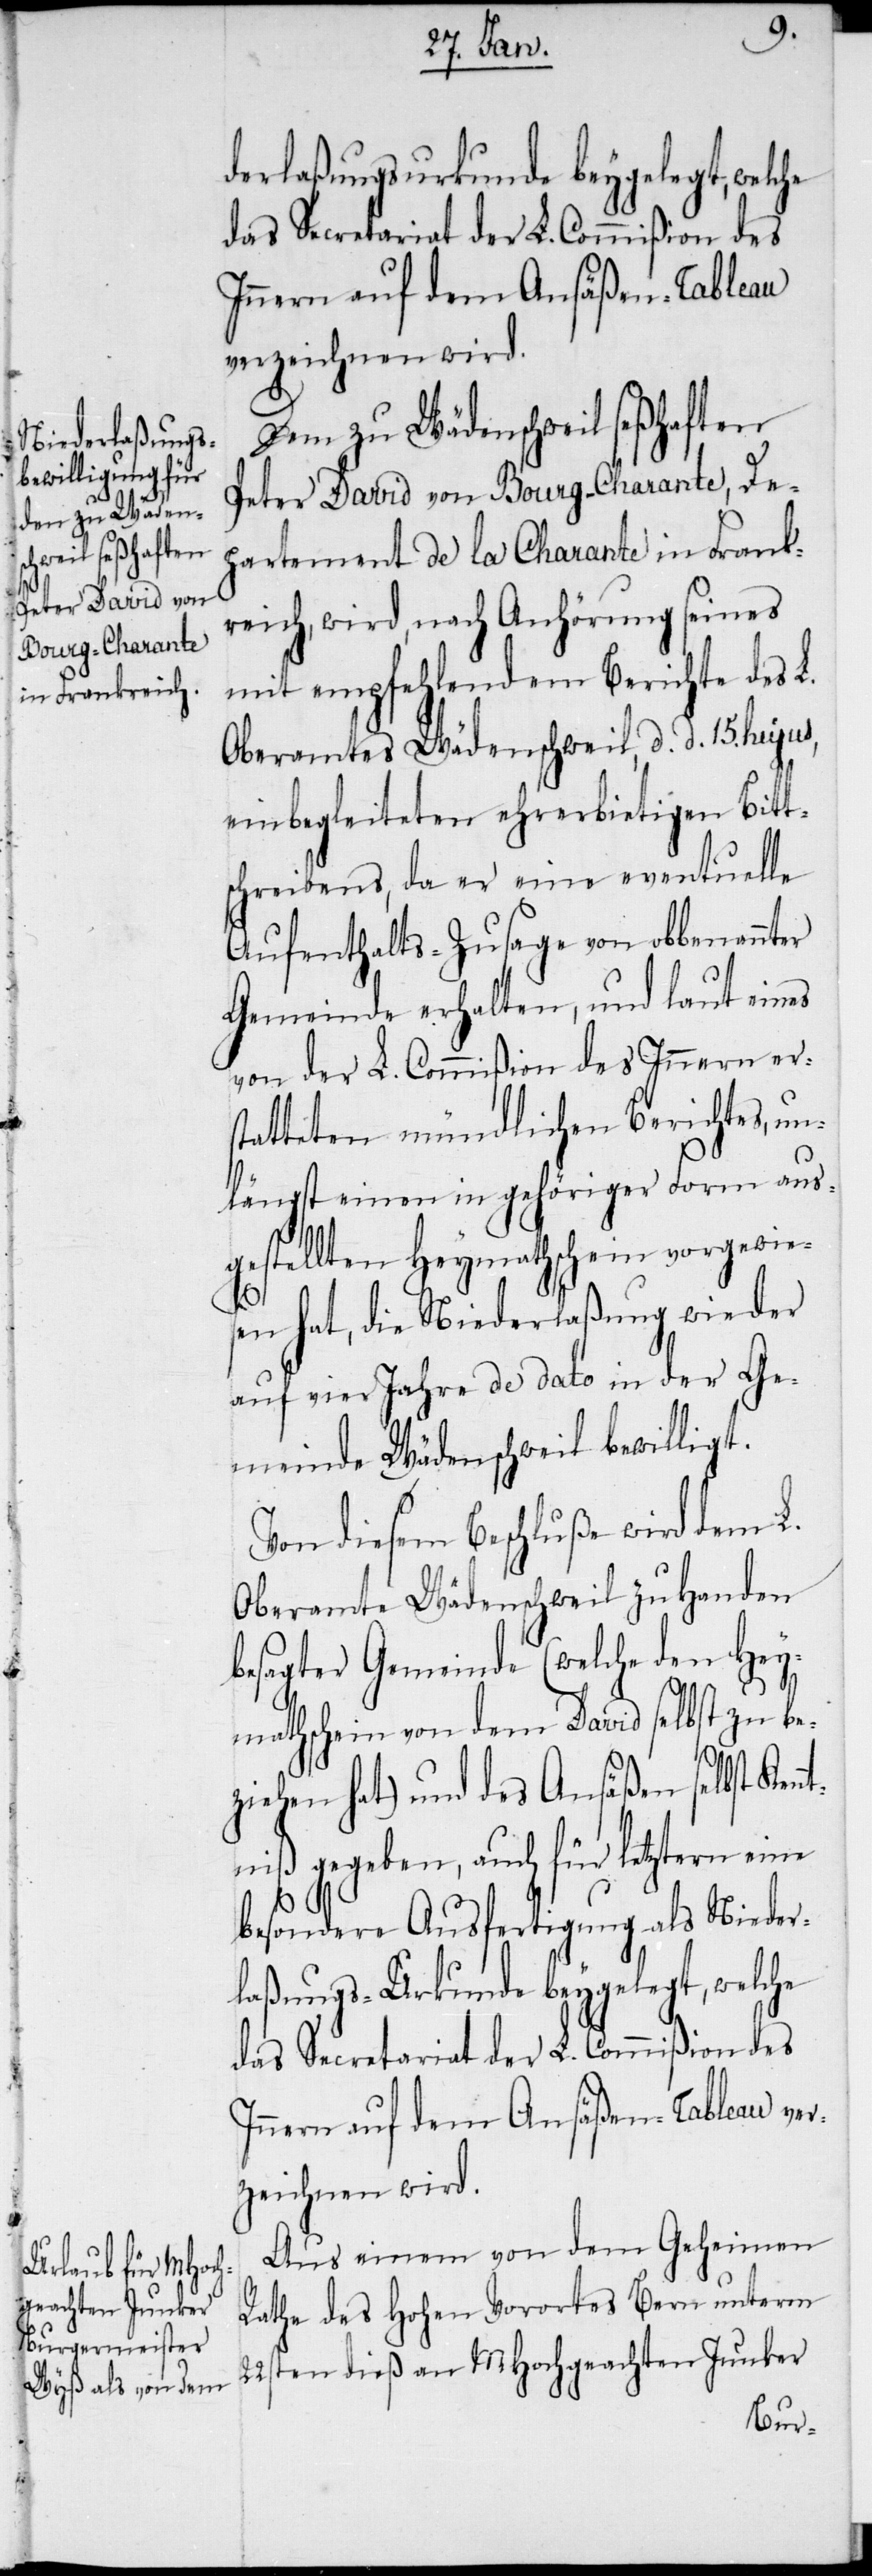
nt¬

derlaßungsurkunde beygelegt, welche
das Secretariat der L. Commißion des
Innern auf dem Ansäßen-Tableau
verzeichnen wird.
Dem zu Wädenschweil seßhaften
Peter David von Bourg-Charante, De¬
partement de la Charante in Frank¬
reich, wird, nach Anhörung seines
mit empfehlendem Berichte des L.
Oberamtes Wädenschweil, d. d. 15. huju¬
einbegleiteten ehrerbietigen Bitt¬
schreibens, da er eine eventuelle
Aufenthalts-Zusage von obbenannter
Gemeinde erhalten, und laut eines
von der L. Commißion des Innern er¬
statteten mündlichen Berichtes, un¬
längst einen in gehöriger Form aus¬
gestellten Heymathschein vorgewies¬
en hat, die Niederlaßung wieder
auf vier Jahre de dato in der Ge¬
meinde Wädenschweil bewilligt.
Von diesem Beschluße wird dem L.
Oberamte Wädenschweil zu Handen
besagter Gemeinde (welche den Hey¬
mathschein von dem David selbst zu be¬
ziehen hat) und des Ansäßen selbst Ken¬
niß gegeben, auch für letztern
besondere Ausfertigung als Nieder¬
laßungs-Urkunde beygelegt, welche
das Secretariat der L. Commißion des
Innern auf dem Ansäßen-Tableau ver¬
zeichnen wird.
Aus einem von dem Geheimen
Rathe des hohen Vorortes Bern unterm
22sten dieß an MHochgeachten Junker